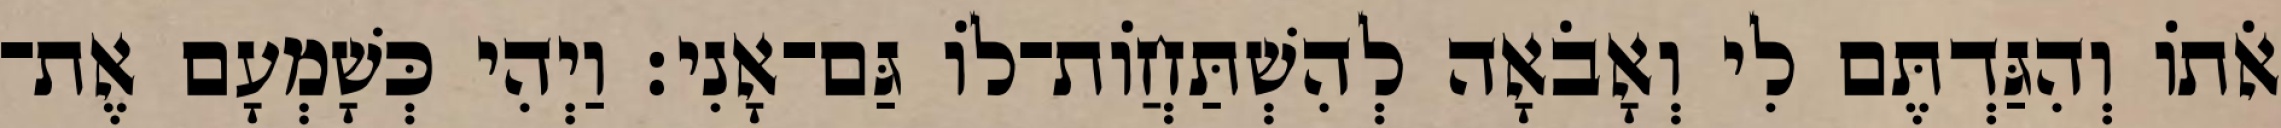
אֹתוֹ וְהִגַּדְתֶּם לִי וְאָבֹאָה לְהִשְׁתַּחֲוֹת־לוֹ גַּם־אָנִי׃ וַיְהִי כְּשָׁמְעָם אֶת־